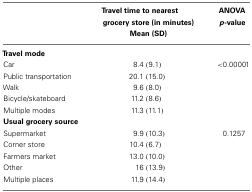
<table><thead><tr><td></td><td><b>Travel time to nearest grocery store (in minutes)</b></td><td><b>ANOVA <i>p</i>-value</b></td></tr><tr><td></td><td><b>Mean (SD)</b></td><td></td></tr></thead><tbody><tr><td><b>Travel mode</b></td></tr><tr><td>Car</td><td>8.4 (9.1)</td><td>&lt;0.00001</td></tr><tr><td>Public transportation</td><td>20.1 (15.0)</td><td></td></tr><tr><td>Walk</td><td>9.6 (8.0)</td><td></td></tr><tr><td>Bicycle/skateboard</td><td>11.2 (8.6)</td><td></td></tr><tr><td>Multiple modes</td><td>11.3 (11.1)</td><td></td></tr><tr><td><b>Usual grocery source</b></td></tr><tr><td>Supermarket</td><td>9.9 (10.3)</td><td>0.1257</td></tr><tr><td>Corner store</td><td>10.4 (6.7)</td><td></td></tr><tr><td>Farmers market</td><td>13.0 (10.0)</td><td></td></tr><tr><td>Other</td><td>16 (13.9)</td><td></td></tr><tr><td>Multiple places</td><td>11.9 (14.4)</td><td></td></tr></tbody></table>